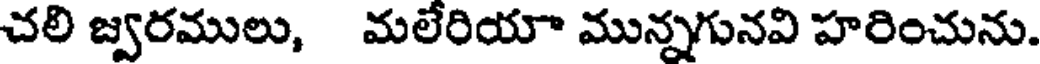
చలి జ్వరములు, మలేరియా మున్నగునవి హరించును.